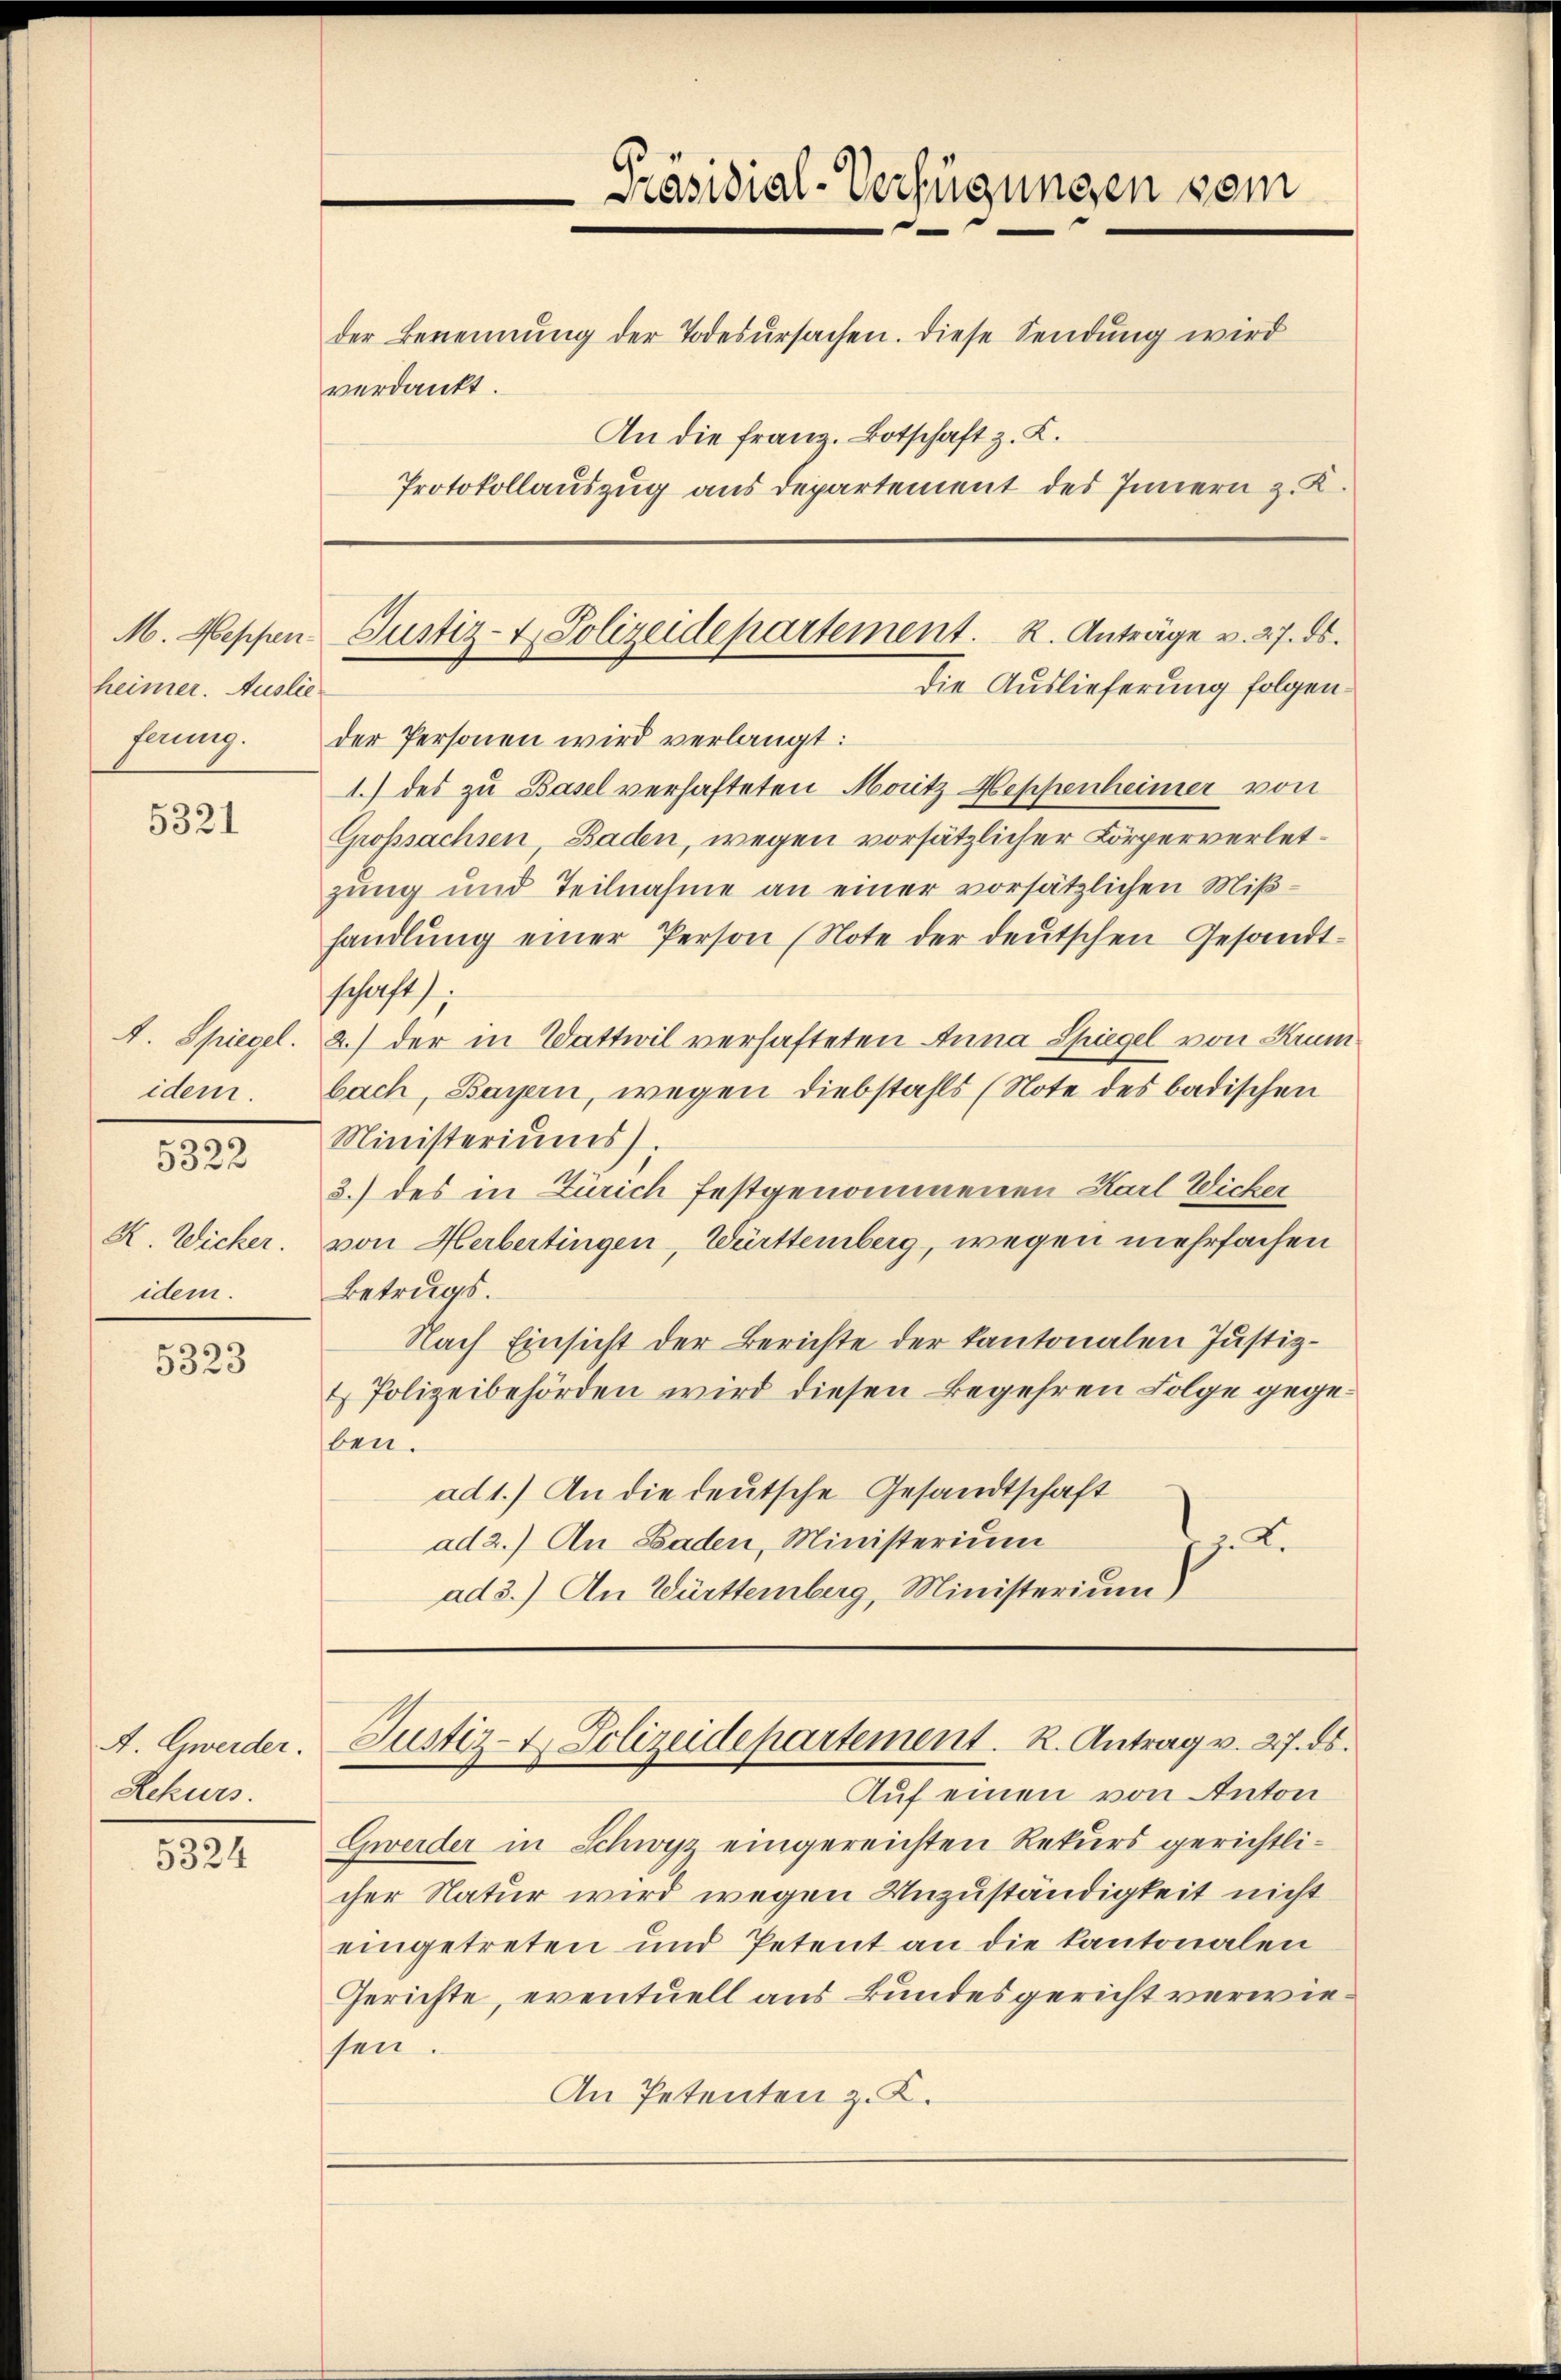
M. Meppen.
heimer. Ausliefnung.

5321

A. Spiegel.
idem.

5322

R. Wicker.
idem.

5323

A. Gwerder.
Rekurs.

5324

Präsidial-Verfügungen vom
der Benennung der Todesursachen. Diese Sendung wird
verdankt.
An die franz. Botschaft z. K.
Protokollauszug aus Departement des Innern z. K.

der Personen wird verlangt:
1.) des zu Basel verhafteten Moritz Heppenheimer von
Grossachsen, Baden, wegen vorsätzlicher Körperverletzung und Teilnahme an einer vorsätzlichen Mißhandlŭng einer Person (Note der deŭtschen Gesandt-
schafts
2.) der in Wattwil verhafteten Anna Spiegel von Krumbach, Bayern, wegen Diebstahls (Note des badischen
Ministeriums).
3.) des in Zürich festgenommenen Karl Wicker
von Herbertingen, Württemberg, wegen mehrfachen
Betrugs.
Nach Einsicht der Berichte der Kantonalen Justiz¬
& Polizeibehörden wird diesen Begehren Folge gegeben.
ad 1.) An die deutsche Gesandtschaft
ad 2.) An Laden, Ministerium
J. Kr
ad 3.) An Württemberg, Ministerium)

Justiz- & Polizeidepartement. 2. Anträge v. 27. ds.
Die Auslieferung folgen¬

Auf einen von Anton
Gweider in Schwyz eingereichten Rekurs gerichtlicher Natur wird wegen Unzuständigkeit nicht
eingetreten und Petent an die Kantonalen
Gerichte, eventuell aus Bundesgericht verwiesen.
An Petenten z. K.

Justiz- & Polizeidepartement. R. Antrag v. 27. ds.